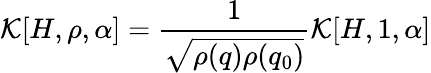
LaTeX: {\cal K}[H,\rho,\alpha]=\frac{1}{\sqrt{\rho(q)\rho(q_{0})}}{\cal K}[H,1,\alpha]